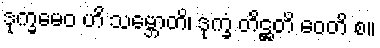
ဒုက္ခမေဝ ဟိ သမ္ဘောတိ၊ ဒုက္ခံ တိဋ္ဌတိ ဝေတိ စ။